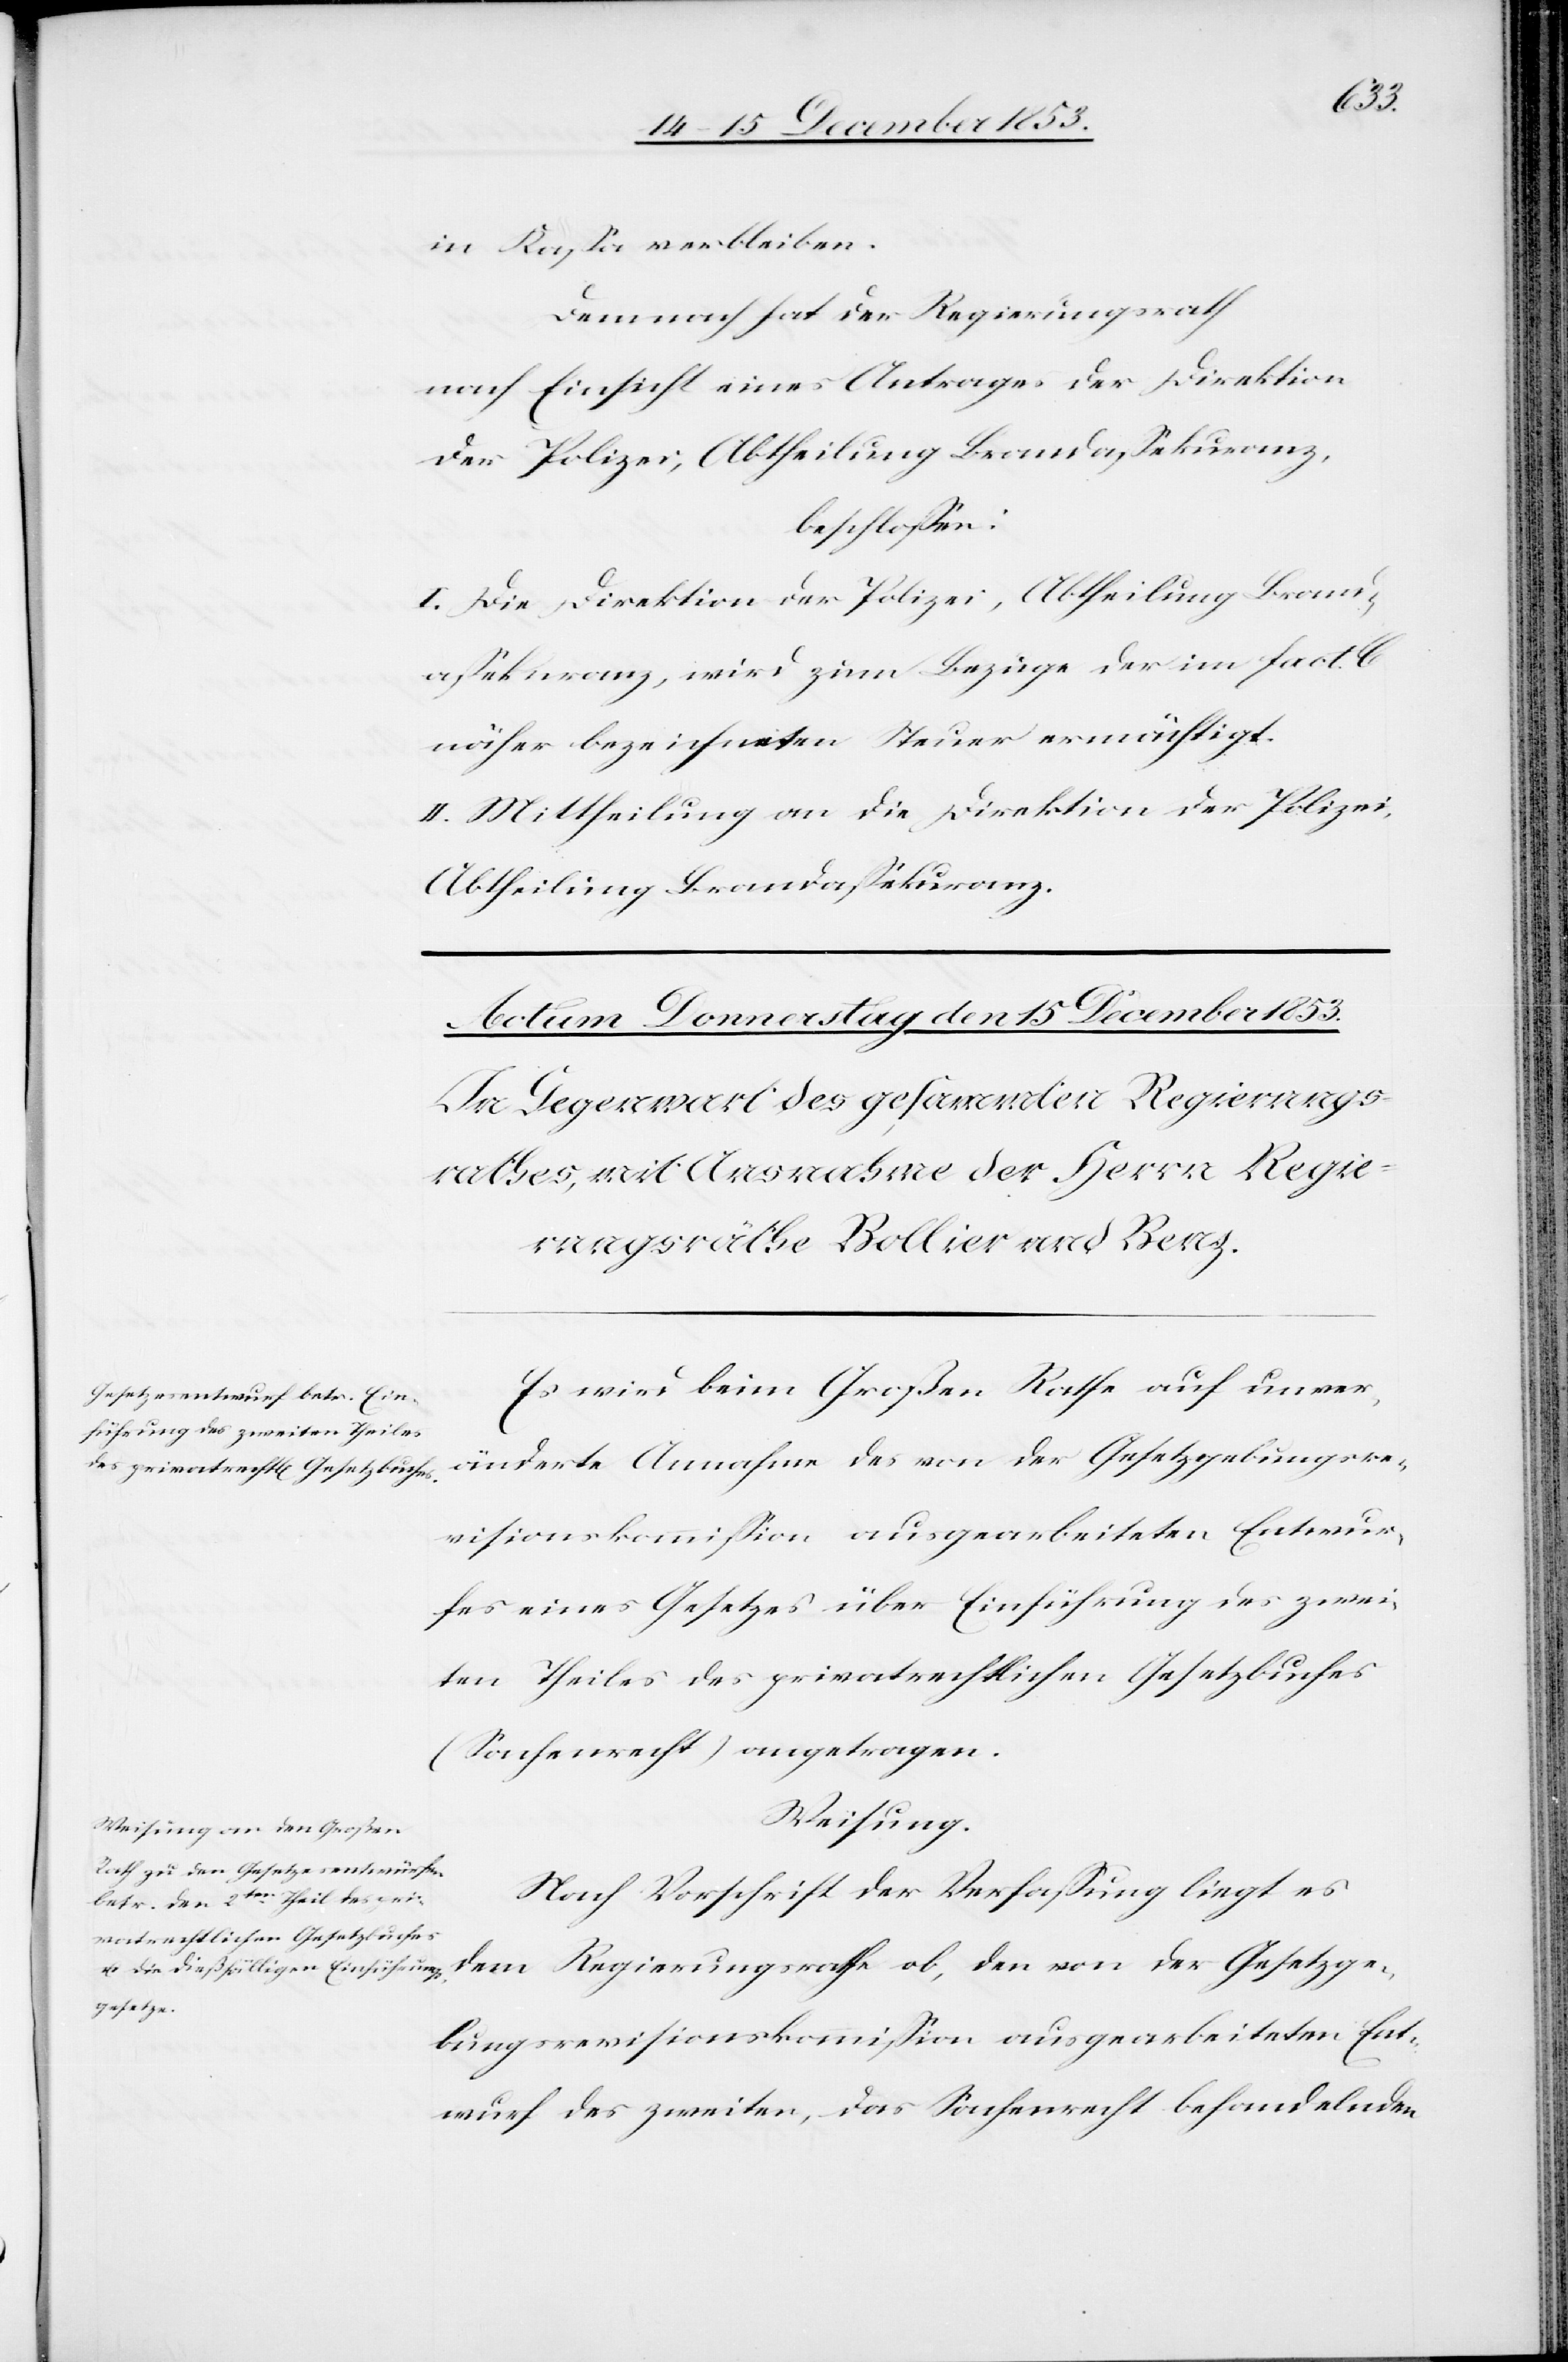
in Kaßa verbleiben.
Demnach hat der Regierungsrath
nach Einsicht eines Antrages der Direktion
der Polizei, Abtheilung Brandaßekuranz,
beschloßen:
I. Die Direktion der Polizei, Abtheilung Brand¬
aßekuranz, wird zum Bezug der im fact.
näher bezeichneten Steuer ermächtigt.
II. Mittheilung an die Direktion der Polizei,
Abtheilung Brandaßekuranz.
Es wird beim Großen Rathe auf unver¬
änderte Annahme des von der Gesetzgebungsre¬
evisionskommißion ausgearbeiteten Entwur¬
fes eines Gesetzes über Einführung des zwei¬
ten Theiles des privatrechtlichen Gesetzesbuches
(Sachenrecht) angetragen.
Weisung.
Nach Vorschrift der Verfaßung liegt es
Gesetzesr¬
f des zweiten, das Sachenrecht behandelnden